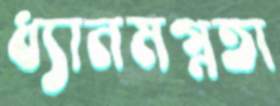
ধ্যানমগ্নতা